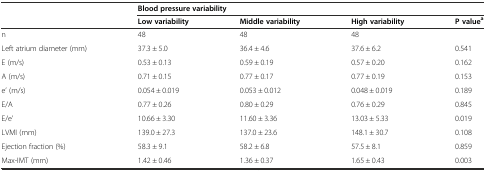
<table><thead><tr><td></td><td colspan="4"><b>Blood pressure variability</b></td></tr><tr><td></td><td><b>Low variability</b></td><td><b>Middle variability</b></td><td><b>High variability</b></td><td><b>P value<sup>a</sup></b></td></tr></thead><tbody><tr><td>n</td><td>48</td><td>48</td><td>48</td><td></td></tr><tr><td>Left atrium diameter (mm)</td><td>37.3 ± 5.0</td><td>36.4 ± 4.6</td><td>37.6 ± 6.2</td><td>0.541</td></tr><tr><td>E (m/s)</td><td>0.53 ± 0.13</td><td>0.59 ± 0.19</td><td>0.57 ± 0.20</td><td>0.162</td></tr><tr><td>A (m/s)</td><td>0.71 ± 0.15</td><td>0.77 ± 0.17</td><td>0.77 ± 0.19</td><td>0.153</td></tr><tr><td>e’ (m/s)</td><td>0.054 ± 0.019</td><td>0.053 ± 0.012</td><td>0.048 ± 0.019</td><td>0.189</td></tr><tr><td>E/A</td><td>0.77 ± 0.26</td><td>0.80 ± 0.29</td><td>0.76 ± 0.29</td><td>0.845</td></tr><tr><td>E/e’</td><td>10.66 ± 3.30</td><td>11.60 ± 3.36</td><td>13.03 ± 5.33</td><td>0.019</td></tr><tr><td>LVMI (mm)</td><td>139.0 ± 27.3</td><td>137.0 ± 23.6</td><td>148.1 ± 30.7</td><td>0.108</td></tr><tr><td>Ejection fraction (%)</td><td>58.3 ± 9.1</td><td>58.2 ± 6.8</td><td>57.5 ± 8.1</td><td>0.859</td></tr><tr><td>Max-IMT (mm)</td><td>1.42 ± 0.46</td><td>1.36 ± 0.37</td><td>1.65 ± 0.43</td><td>0.003</td></tr></tbody></table>